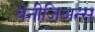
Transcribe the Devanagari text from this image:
वेनीजिअन्स